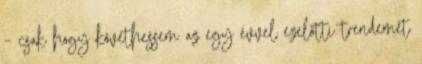
– csak hogy követhessem az egy évvel ezelőtti trendemet